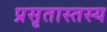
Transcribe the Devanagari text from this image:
प्रसृतास्तस्य